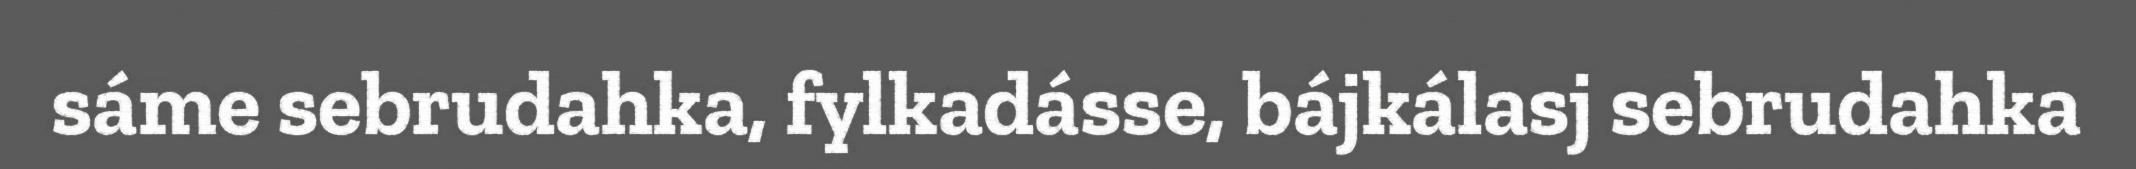
sáme sebrudahka, fylkadásse, bájkálasj sebrudahka